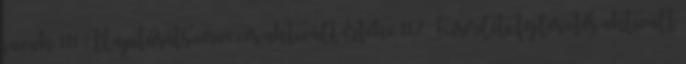
javak 111 Alapításátszervezés aktivált értéke 112 Kísérleti fejlesztés aktivált